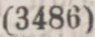
(3486)